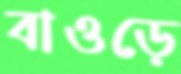
বাওড়ে